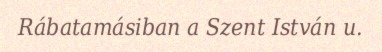
Rábatamásiban a Szent István u.